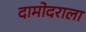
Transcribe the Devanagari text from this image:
दामोदराला